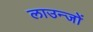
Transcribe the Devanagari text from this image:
लाउन्जों